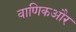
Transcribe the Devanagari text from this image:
वाणिकऔर